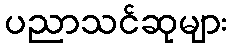
ပညာသင်ဆုများ